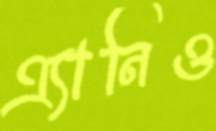
এ্যানিও